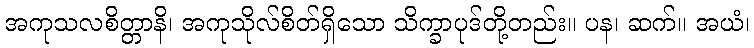
အကုသလစိတ္တာနိ၊ အကုသိုလ်စိတ်ရှိသော သိက္ခာပုဒ်တို့တည်း။ ပန၊ ဆက်။ အယံ၊